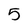
Character: 5